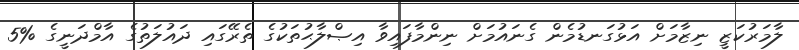
ލާމަރުކަޒީ ނިޒާމަށް އަޅުގަނޑުމެން ގެނައުމަށް ނިންމާފައިވާ އިޞްލާޙުތަކުގެ ތެރޭގައި ދައުލަތުގެ އާމްދަނީގެ %5